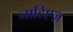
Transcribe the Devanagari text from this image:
नाटिएज़